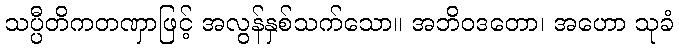
သပ္ပီတိကတဏှာဖြင့် အလွန်နှစ်သက်သော။ အဘိဝဒတော၊ အဟော သုခံ